Annual report of the Imperial Bacteriological Laboratory, Muktesar
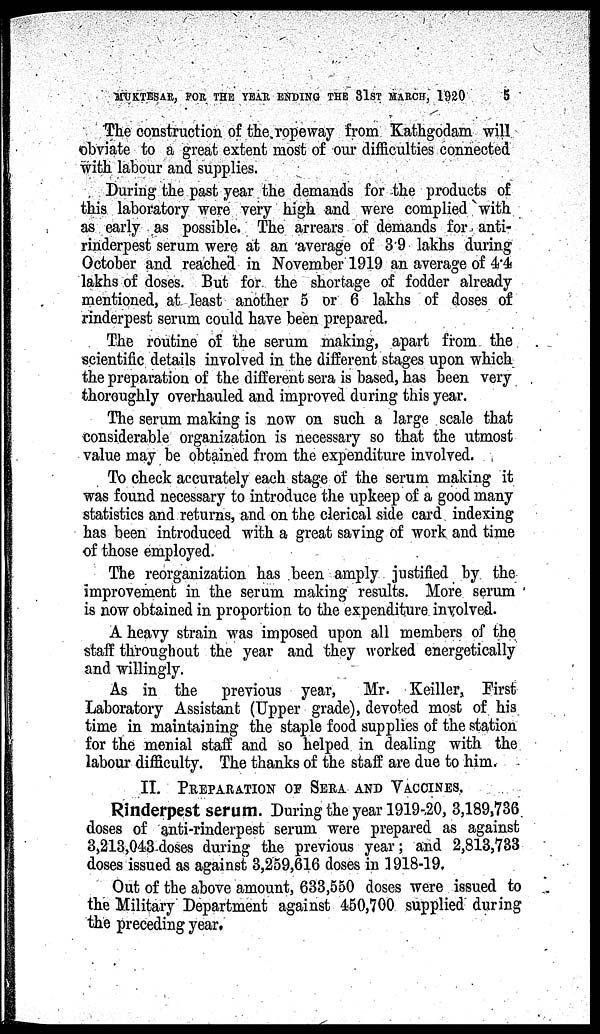
MUKTESAR, FOR THE YEAR ENDING THE 31ST MARCH, 1920
5
The construction of the ropeway from Kathgodam will
obviate to a great extent most of our difficulties connected
with labour and supplies.
During the past year the demands for the products of
this laboratory were very high and were complied with
as early as possible. The arrears of demands for anti-
rinderpest serum were at an average of 3.9 lakhs during
October and reached in November 1919 an average of 4.4
lakhs of doses. But for the shortage of fodder already
mentioned, at least another 5 or 6 lakhs of doses of
rinderpest serum could have been prepared.
The routine of the serum making, apart from the
scientific details involved in the different stages upon which
the preparation of the different sera is based, has been very
thoroughly overhauled and improved during this year.
The serum making is now on such a large scale that
considerable organization is necessary so that the utmost
value may be obtained from the expenditure involved.
To check accurately each stage of the serum making it
was found necessary to introduce the upkeep of a good many
statistics and returns, and on the clerical side card indexing
has been introduced with a great saving of work and time
of those employed.
The reorganization has been amply justified by the
improvement in the serum making results. More serum
is now obtained in proportion to the expenditure involved.
A heavy strain was imposed upon all members of the
staff throughout the year and they worked energetically
and willingly.
As in the previous year,
Mr. Keiller, First
Laboratory Assistant (Upper grade), devoted most of his
time in maintaining the staple food supplies of the station
for the menial staff and so helped in dealing with the
labour difficulty. The thanks of the staff are due to him.
II. PREPARATION OF SERA AND VACCINES.
Rinderpest serum. During the year 1919-20, 3,189,736
doses of anti-rinderpest serum were prepared as against
3,213,043 doses during the previous year; and 2,813,733
doses issued as against 3,259,616 doses in 1918-19.
Out of the above amount, 633,550 doses were issued to
the Military Department against 450,700 supplied during
the preceding year.